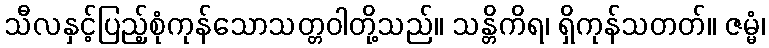
သီလနှင့်ပြည့်စုံကုန်သောသတ္တဝါတို့သည်။ သန္တိကိရ၊ ရှိကုန်သတတ်။ ဇမ္မံ၊